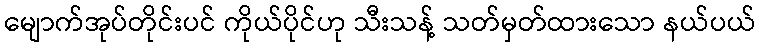
မျောက်အုပ်တိုင်းပင် ကိုယ်ပိုင်ဟု သီးသန့် သတ်မှတ်ထားသော နယ်ပယ်